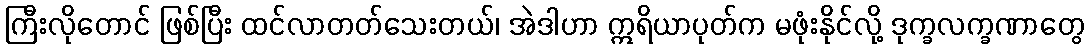
ကြီးလိုတောင် ဖြစ်ပြီး ထင်လာတတ်သေးတယ်၊ အဲဒါဟာ ဣရိယာပုတ်က မဖုံးနိုင်လို့ ဒုက္ခလက္ခဏာတွေ